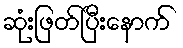
ဆုံးဖြတ်ပြီးနောက်